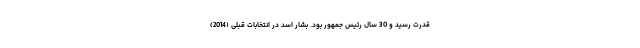
قدرت رسید و 30 سال رئیس جمهور بود. بشار اسد در انتخابات قبلی (2014)